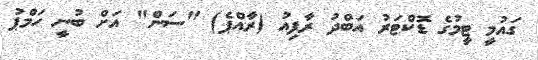
ގައުމީ ޓީމުގެ ޑޮކްޓަރު އަބްދު ރާފިއު (ރާއްޕެ) "ސަން" އަށް ބުނީ ހަމްޕު